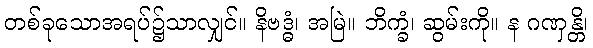
တစ်ခုသောအရပ်၌သာလျှင်။ နိဗဒ္ဓံ၊ အမြဲ။ ဘိက္ခံ၊ ဆွမ်းကို။ န ဂဏှန္တိ၊